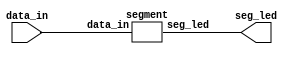
//Verilog HDLBCD
//	
// ********************************************************************
// >>>>>>>>>>>>>>>>>>>>>>>>> COPYRIGHT NOTICE <<<<<<<<<<<<<<<<<<<<<<<<<
// ********************************************************************
// Module name  : seven_led_decoder
// Description  : seven led decoder
// Web          : Charlotte2000s.github.io
// 
// --------------------------------------------------------------------
// Code Revision History : 
// --------------------------------------------------------------------
// Version: |Mod. Date:   |Changes Made:
// V1.0     |2019/10/30   |Initial ver
// --------------------------------------------------------------------


module seven_led_decoder (data_in, seg_led);

input [3:0] data_in;
output [8:0] seg_led;

segment decoder (data_in, seg_led);   //

endmodule


module segment (data_in, seg_led);
 
	input [3:0] data_in;						//0~f4
					
	output [8:0] seg_led;						//  MSB~LSB=DIGDPGFEDCBA
 
        reg [8:0] seg [15:0];                                            //reg16*9169
 
        initial                                                         //regVerilogalwaysinitial
                                                                        //initialalways
	    begin
         seg[0] = 9'h3f;                                           //9'b00_0011_1111,DP70
	      seg[1] = 9'h06;                                           //7  1
	      seg[2] = 9'h5b;                                           //7  2
	      seg[3] = 9'h4f;                                           //7  3
	      seg[4] = 9'h66;                                           //7  4
	      seg[5] = 9'h6d;                                           //7  5
	      seg[6] = 9'h7d;                                           //7  6
	      seg[7] = 9'h07;                                           //7  7
	      seg[8] = 9'h7f;                                           //7  8
	      seg[9] = 9'h6f;                                           //7  9
			seg[10] = 9'h77;                                          //7  a	
			seg[11] = 9'h7c;                                          //7  b
			seg[12] = 9'h39;                                          //7  c
			seg[13] = 9'h5e;                                          //7  d
			seg[14] = 9'h79;                                          //7  e
			seg[15] = 9'h71;                                          //7  f
       end
	
 
        assign seg_led = seg[data_in];                         //16
 
endmodule